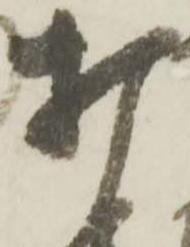
打